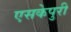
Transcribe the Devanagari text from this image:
एसकेपुरी